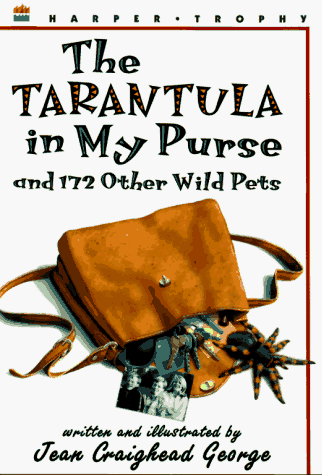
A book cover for The Tarantula in My Purse: and 172 Other Wild Pets; Jean Craighead George; Children's Books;